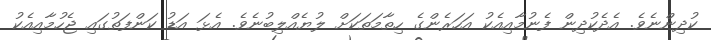
ކުދިންނެވެ. އެދެކުދިން ފެނުމާއިއެކު އަހަރެންގެ ހިތާމަތަކަށް ލުޔެއްލިބުނެވެ. އެޅަ އަޑު ކަންފަތުގައި ޖެހުމާއިއެކު